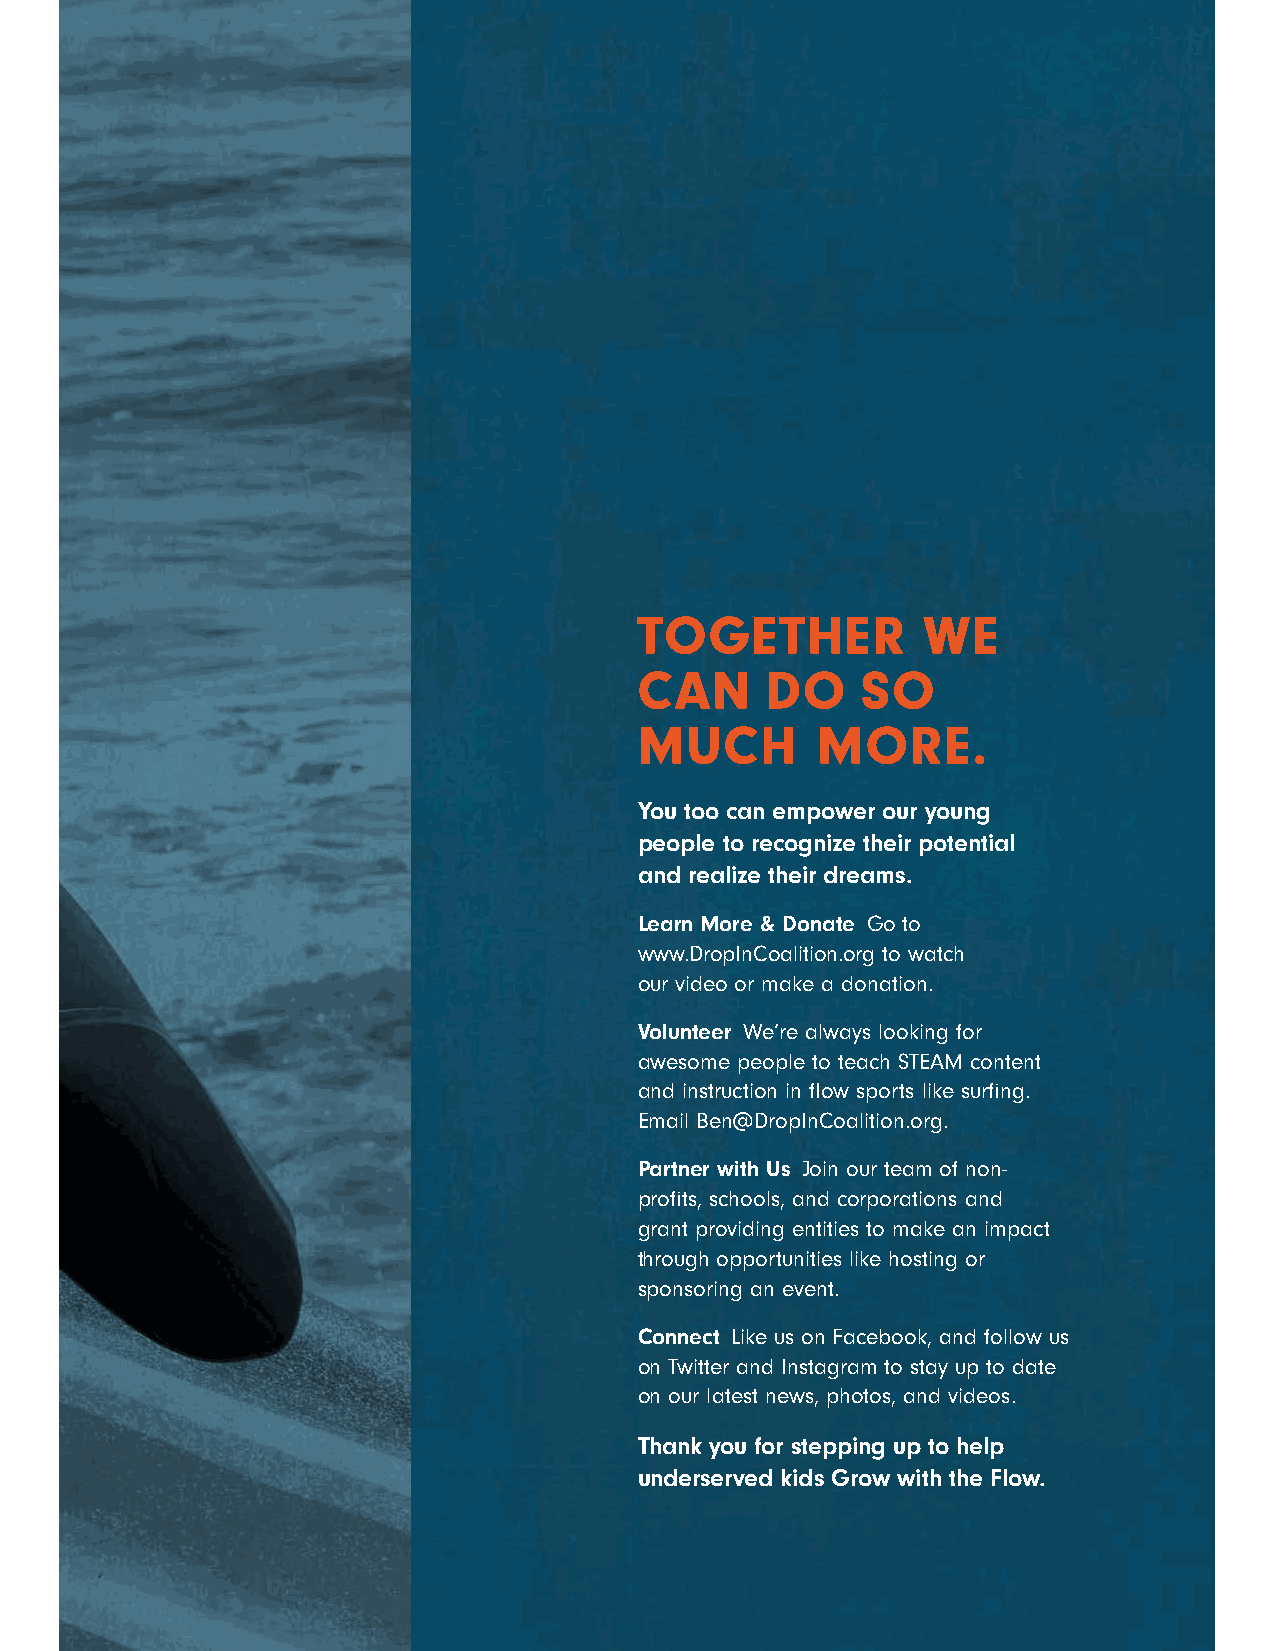
TOGETHER           WE
 CAN      DO    SO
 MUCH        MORE.
 You too can empower our young
 people to recognize their potential
 and realize their dreams.
 Learn More & Donate Go to
 www.DropInCoalition.org to watch
 our video or make a donation.
 Volunteer We’re always looking for
 awesome people to teach STEAM content
 and instruction in flow sports like surfing.
 Email Ben@DropInCoalition.org.
 Partner with Us Join our team of non-
 profits, schools, and corporations and
 grant providing entities to make an impact
 through opportunities like hosting or
 sponsoring an event.
 Connect Like us on Facebook, and follow us
 on Twitter and Instagram to stay up to date
 on our latest news, photos, and videos.
 Thank you for stepping up to help
 underserved kids Grow with the Flow.